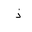
Letter: _thal